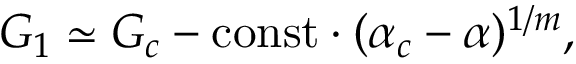
G _ { 1 } \simeq G _ { c } - \mathrm { c o n s t } \cdot ( \alpha _ { c } - \alpha ) ^ { 1 / m } ,